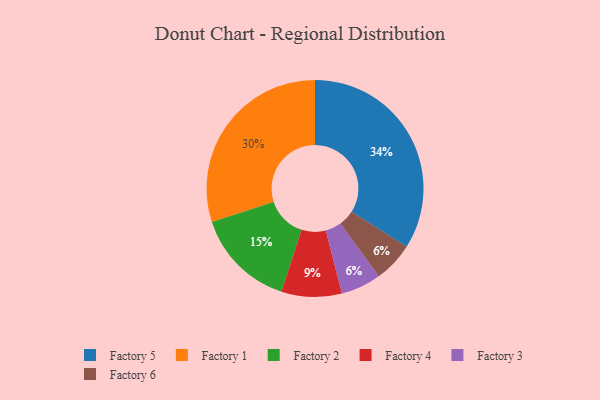
{"axis": {"x": "Category", "y": "Percentage"}, "legend": ["Factory 1", "Factory 2", "Factory 3", "Factory 4", "Factory 5", "Factory 6"], "data": [{"x": "Factory 3", "y": 6, "type": "Factory 3"}, {"x": "Factory 2", "y": 15, "type": "Factory 2"}, {"x": "Factory 6", "y": 6, "type": "Factory 6"}, {"x": "Factory 5", "y": 34, "type": "Factory 5"}, {"x": "Factory 4", "y": 9, "type": "Factory 4"}, {"x": "Factory 1", "y": 30, "type": "Factory 1"}]}